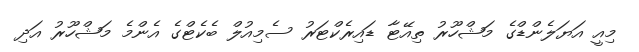
މިއީ އަޔަލެންޑްގެ މަޝްހޫރު ތިއޭޓާ ޑައިރެކްޓަރު ސެމިއުލް ބެކެޓްގެ އެންމެ މަޝްހޫރު އަދި